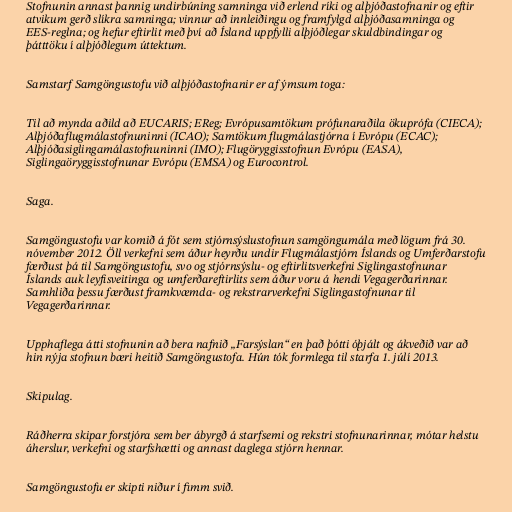
Stofnunin annast þannig undirbúning samninga við erlend ríki og alþjóðastofnanir og eftir
atvikum gerð slíkra samninga; vinnur að innleiðingu og framfylgd alþjóðasamninga og
EES-reglna; og hefur eftirlit með því að Ísland uppfylli alþjóðlegar skuldbindingar og
þátttöku í alþjóðlegum úttektum.

Samstarf Samgöngustofu við alþjóðastofnanir er af ýmsum toga:

Til að mynda aðild að EUCARIS; EReg; Evrópusamtökum prófunaraðila ökuprófa (CIECA);
Alþjóðaflugmálastofnuninni (ICAO); Samtökum flugmálastjórna í Evrópu (ECAC);
Alþjóðasiglingamálastofnuninni (IMO); Flugöryggisstofnun Evrópu (EASA),
Siglingaöryggisstofnunar Evrópu (EMSA) og Eurocontrol.

Saga.

Samgöngustofu var komið á fót sem stjórnsýslustofnun samgöngumála með lögum frá 30.
nóvember 2012. Öll verkefni sem áður heyrðu undir Flugmálastjórn Íslands og Umferðarstofu
færðust þá til Samgöngustofu, svo og stjórnsýslu- og eftirlitsverkefni Siglingastofnunar
Íslands auk leyfisveitinga og umferðareftirlits sem áður voru á hendi Vegagerðarinnar.
Samhliða þessu færðust framkvæmda- og rekstrarverkefni Siglingastofnunar til
Vegagerðarinnar.

Upphaflega átti stofnunin að bera nafnið „Farsýslan“ en það þótti óþjált og ákveðið var að
hin nýja stofnun bæri heitið Samgöngustofa. Hún tók formlega til starfa 1. júlí 2013.

Skipulag.

Ráðherra skipar forstjóra sem ber ábyrgð á starfsemi og rekstri stofnunarinnar, mótar helstu
áherslur, verkefni og starfshætti og annast daglega stjórn hennar.

Samgöngustofu er skipti niður í fimm svið.